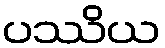
ပဿိယ